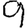
Digit: 9